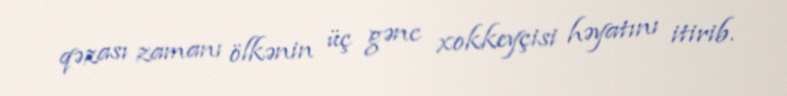
qəzası zamanı ölkənin üç gənc xokkeyçisi həyatını itirib.